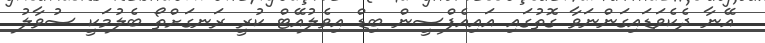
އޭނާ ދެކެވަޑައިގަންނަވާ ގޮތުގައި އައިއެފްސީން ބިޑް އިވެލުއޭޓް ކުރީ ރަނގަށްތޯ ބެލުމަކީ ސުވާލު